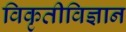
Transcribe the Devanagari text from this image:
विकृतीविज्ञान